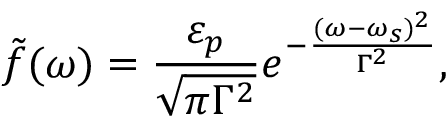
\tilde { f } ( \omega ) = \frac { \varepsilon _ { p } } { \sqrt { \pi \Gamma ^ { 2 } } } e ^ { - \frac { ( \omega - \omega _ { s } ) ^ { 2 } } { \Gamma ^ { 2 } } } ,